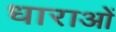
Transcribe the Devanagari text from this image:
धाराआें